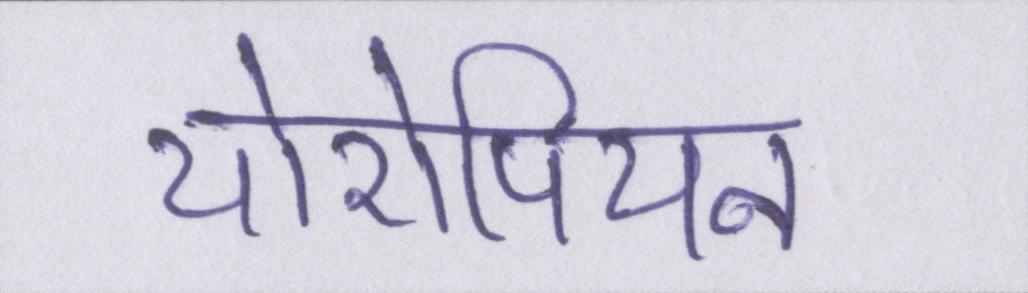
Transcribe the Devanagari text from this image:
योरोपियन